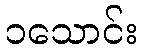
၁သောင်း